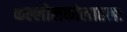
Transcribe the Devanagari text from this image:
कल्लोलकोलाहलः